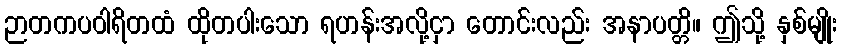
ဉာတကပဝါရိတထံ ထိုတပါးသော ရဟန်းအလို့ငှာ တောင်းလည်း အနာပတ္တိ။ ဤသို့ နှစ်မျိုး